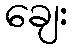
ချေး